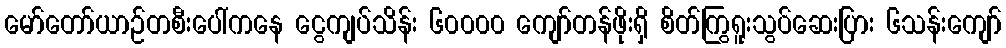
မော်တော်ယာဉ်တစီးပေါ်ကနေ ငွေကျပ်သိန်း ၆၀၀၀၀ ကျော်တန်ဖိုးရှိ စိတ်ကြွရူးသွပ်ဆေးပြား ၆သန်းကျော်